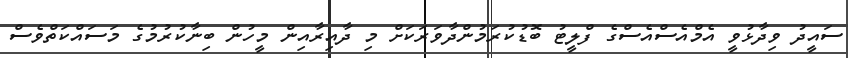
ސައީދު ވިދާޅުވީ އެމްއެސްއެސްގެ ފްލީޓު ބޮޑުކުރަމުންދާވަރަކަށް މި ދާއިރާއިން މީހުން ބިނާކުރުމުގެ މަސައްކަތްވެސް